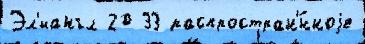
Эл'иангл 20 33 распростран'́нноjе